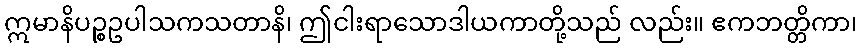
ဣမာနိပဉ္စဥပါသကသတာနိ၊ ဤငါးရာသောဒါယကာတို့သည် လည်း။ ဧကဘတ္တိကာ၊